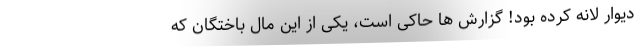
دیوار لانه کرده بود! گزارش ها حاکی است، یکی از این مال باختگان که